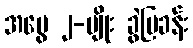
အမွေ ၂-မျိုး ခွဲပြခန်း